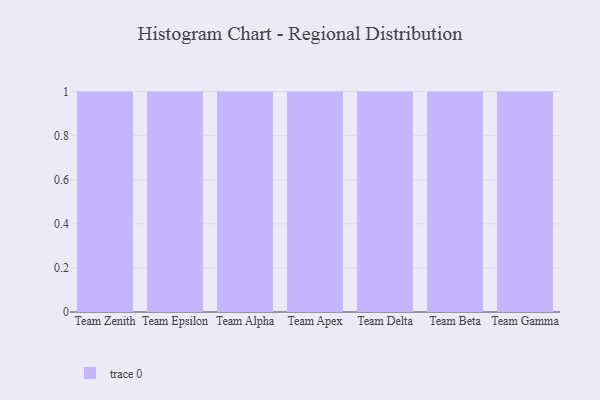
{"axis": {"x": "Team", "y": "Conversion Rate (%)"}, "legend": [""], "data": [{"x": "Team Zenith", "y": 100, "type": ""}, {"x": "Team Epsilon", "y": 24, "type": ""}, {"x": "Team Alpha", "y": 60, "type": ""}, {"x": "Team Apex", "y": 8, "type": ""}, {"x": "Team Delta", "y": 15, "type": ""}, {"x": "Team Beta", "y": 68, "type": ""}, {"x": "Team Gamma", "y": 88, "type": ""}]}